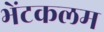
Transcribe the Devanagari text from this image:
भेंटकलम